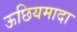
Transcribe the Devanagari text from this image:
ऊछियमादा